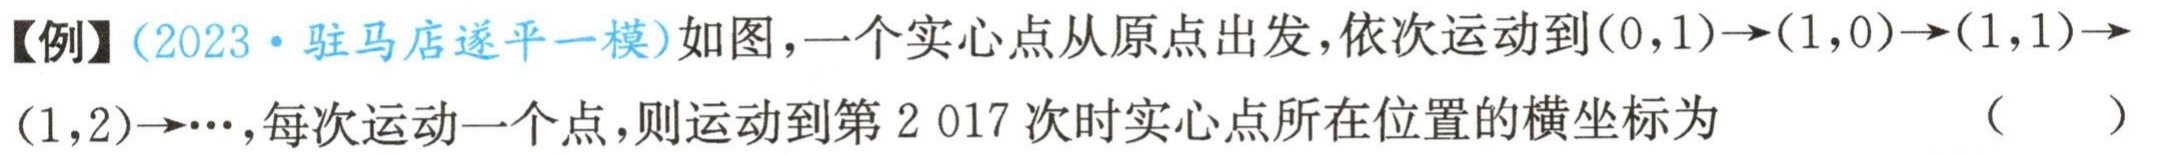
【例】(2023·驻马店遂平一模)如图，一个实心点从原点出发，依次运动到$(0,1)\to(1,0)\to(1,1)\to(1,2)\to\cdots$，每次运动一个点，则运动到第$2 017$次时实心点所在位置的横坐标为 （ ）